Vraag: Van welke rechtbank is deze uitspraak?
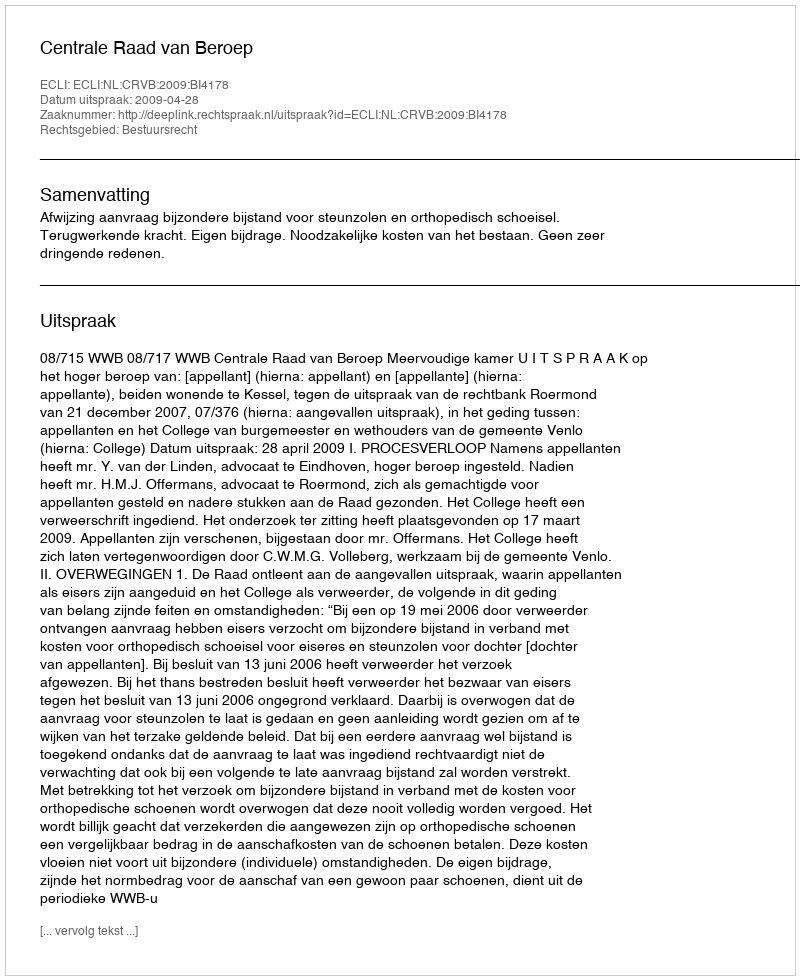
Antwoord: Centrale Raad van Beroep